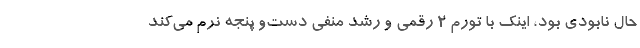
حال نابودی بود، اینک با تورم 2 رقمی و رشد منفی دست‌و پنجه نرم می‌کند